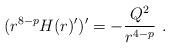
LaTeX: \begin{align*}(r^{8-p} H(r)')' = -\frac{Q^2}{r^{4-p}} \ .\end{align*}